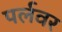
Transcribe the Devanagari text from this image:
पर्लवर